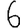
Digit: 6